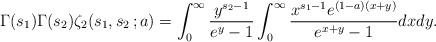
LaTeX: \begin{align*}\Gamma (s_1) \Gamma (s_2) \zeta_2 (s_1,s_2 \,; a) = \int_0^\infty \frac{y^{s_2-1}}{e^y-1} \int_0^\infty \frac{x^{s_1-1}e^{(1-a)(x+y)}}{e^{x+y}-1} dx dy.\end{align*}